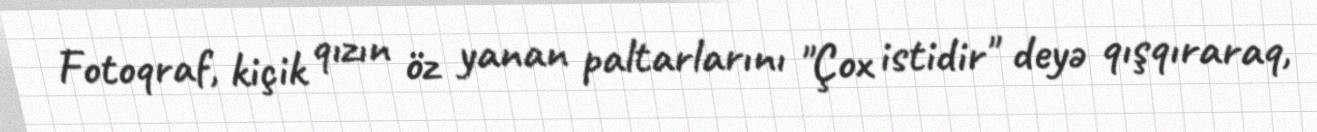
Fotoqraf, kiçik qızın öz yanan paltarlarını "Çox istidir" deyə qışqıraraq,